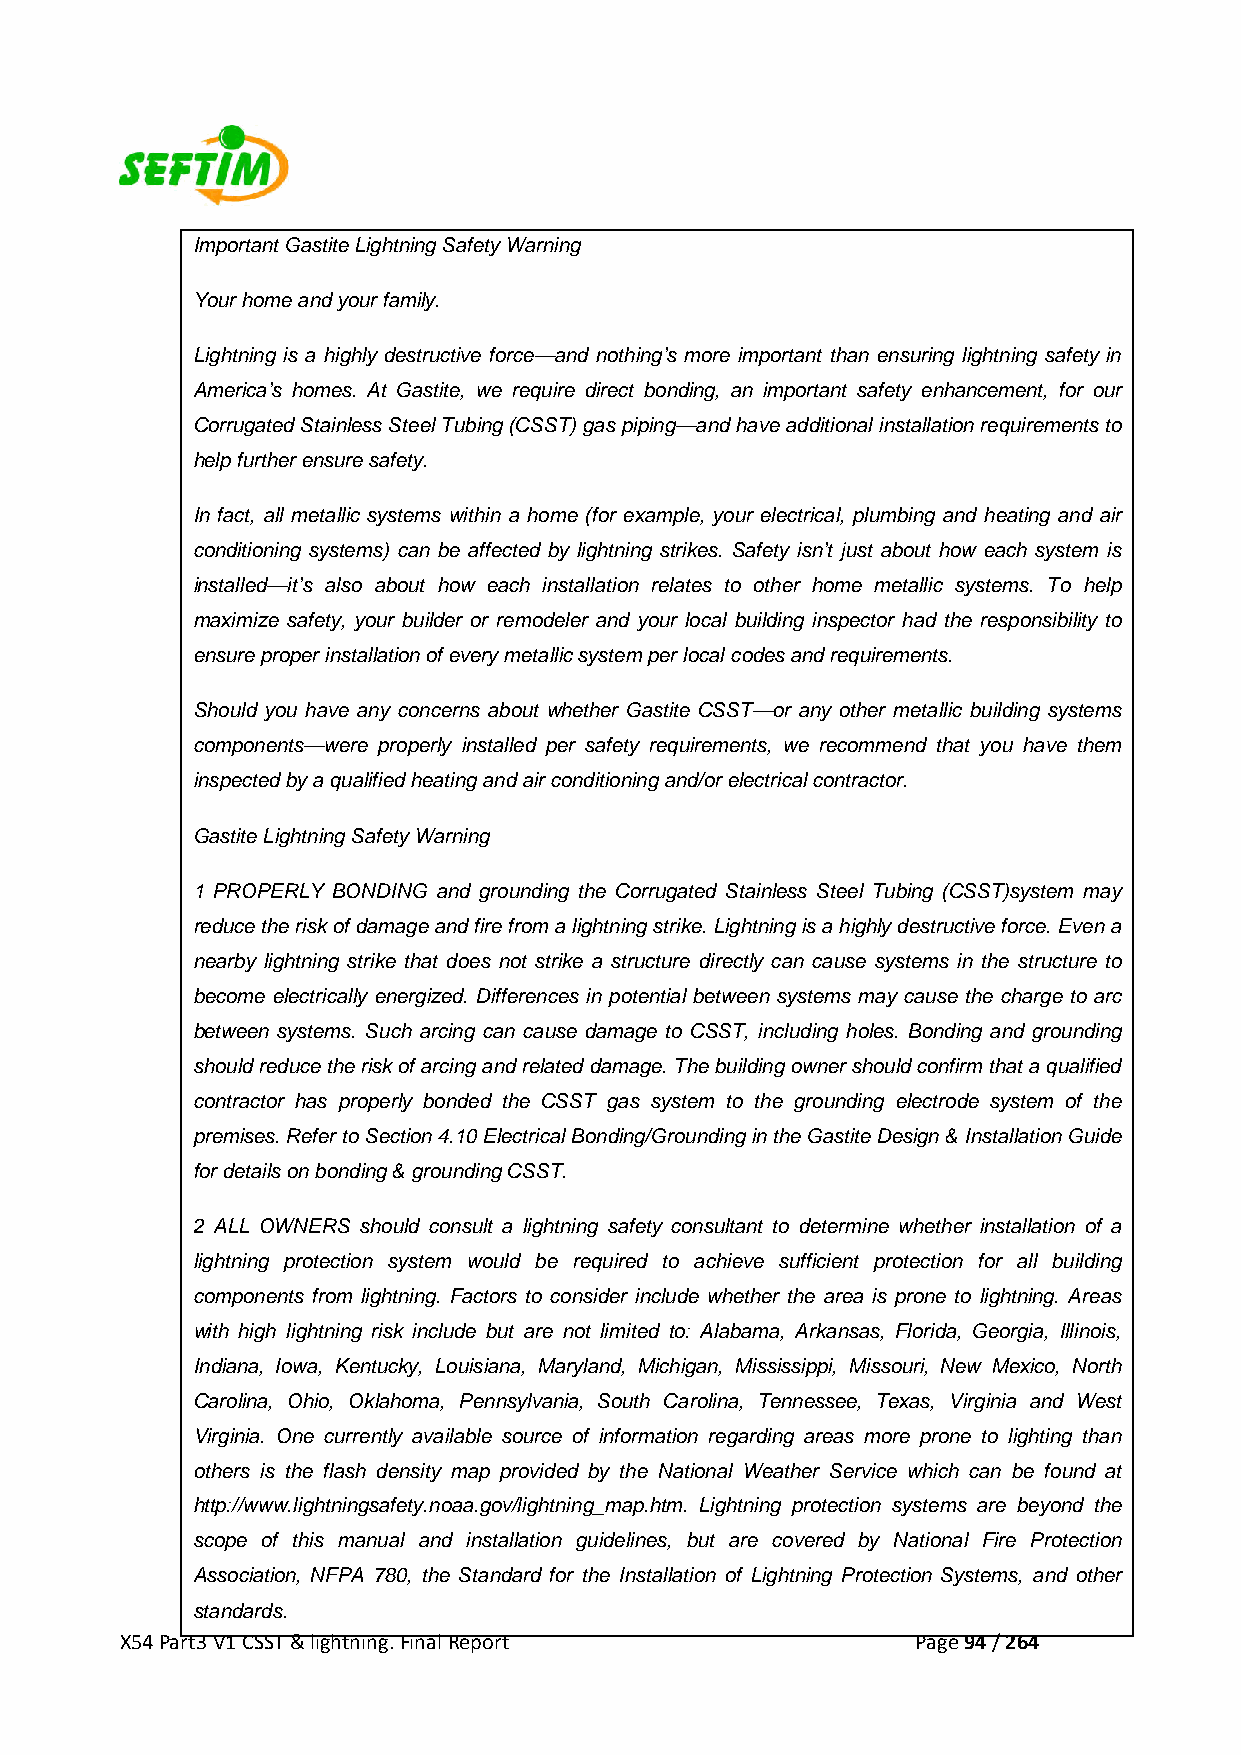
Important Gastite Lightning Safety Warning
 Your home and your family.
 Lightning is a highly destructive force—and nothing’s more important than ensuring lightning safety in
 America’s homes. At Gastite, we require direct bonding, an important safety enhancement, for our
 Corrugated Stainless Steel Tubing (CSST) gas piping—and have additional installation requirements to
 help further ensure safety.
 In fact, all metallic systems within a home (for example, your electrical, plumbing and heating and air
 conditioning systems) can be affected by lightning strikes. Safety isn’t just about how each system is
 installed—it’s also about how each installation relates to other home metallic systems. To help
 maximize safety, your builder or remodeler and your local building inspector had the responsibility to
 ensure proper installation of every metallic system per local codes and requirements.
 Should you have any concerns about whether Gastite CSST—or any other metallic building systems
 components—were properly installed per safety requirements, we recommend that you have them
 inspected by a qualified heating and air conditioning and/or electrical contractor.
 Gastite Lightning Safety Warning
 1 PROPERLY BONDING and grounding the Corrugated Stainless Steel Tubing (CSST)system may
 reduce the risk of damage and fire from a lightning strike. Lightning is a highly destructive force. Even a
 nearby lightning strike that does not strike a structure directly can cause systems in the structure to
 become electrically energized. Differences in potential between systems may cause the charge to arc
 between systems. Such arcing can cause damage to CSST, including holes. Bonding and grounding
 should reduce the risk of arcing and related damage. The building owner should confirm that a qualified
 contractor has properly bonded the CSST gas system to the grounding electrode system of the
 premises. Refer to Section 4.10 Electrical Bonding/Grounding in the Gastite Design & Installation Guide
 for details on bonding & grounding CSST.
 2 ALL OWNERS should consult a lightning safety consultant to determine whether installation of a
 lightning protection system would be required to achieve sufficient protection for all building
 components from lightning. Factors to consider include whether the area is prone to lightning. Areas
 with high lightning risk include but are not limited to: Alabama, Arkansas, Florida, Georgia, Illinois,
 Indiana, Iowa, Kentucky, Louisiana, Maryland, Michigan, Mississippi, Missouri, New Mexico, North
 Carolina, Ohio, Oklahoma, Pennsylvania, South Carolina, Tennessee, Texas, Virginia and West
 Virginia. One currently available source of information regarding areas more prone to lighting than
 others is the flash density map provided by the National Weather Service which can be found at
 http://www.lightningsafety.noaa.gov/lightning_map.htm. Lightning protection systems are beyond the
 scope of this manual and installation guidelines, but are covered by National Fire Protection
 Association, NFPA 780, the Standard for the Installation of Lightning Protection Systems, and other
 standards.
 X54 Part3 V1 CSST & lightning. Final Report          Page 94 / 264